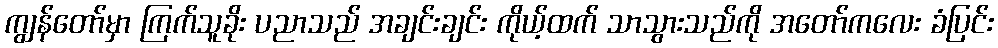
ကျွန်တော်မှာ ကြက်သူခိုး ပညာသည် အချင်းချင်း ကိုယ့်ထက် သာသွားသည်ကို အတော်ကလေး ခံပြင်း